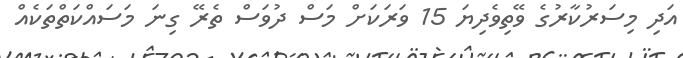
އަދި މިސަރުކާރުގެ ވޭތިވެދިޔަ 15 ވަރަކަށް މަސް ދުވަސް ތެރޭ ގިނަ މަސައްކަތްތަކެއް